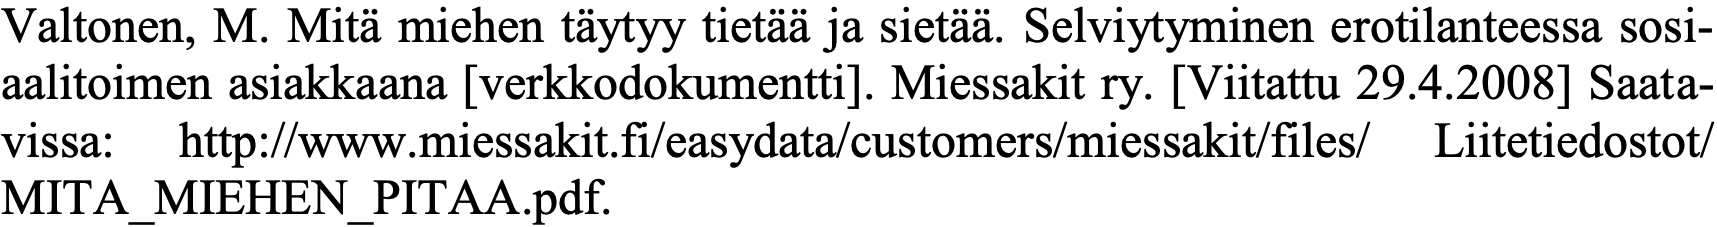
Valtonen, M. Mitä miehen täytyy tietää ja sietää. Selviytyminen erotilanteessa sosi- aalitoimen asiakkaana [verkkodokumentti]. Miessakit ry. [Viitattu 29.4.2008] Saata- vissa: http://www.miessakit.fi/easydata/customers/miessakit/files/ Liitetiedostot/ MITA_MIEHEN_PITAA.pdf.